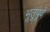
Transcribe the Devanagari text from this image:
भूतूपूर्व